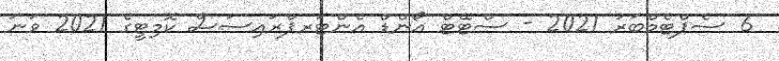
6 ސެޕްޓެމްބަރު 2021 - ސްޓޭޓް އޯންޑް އެންޓަރޕްރައިސަސް ކޮމިޓީގެ 2021 ވަނަ